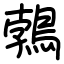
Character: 鵓